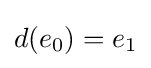
d(e_{0})=e_{1}